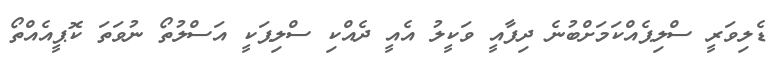
ޑެލިވަރީ ސްލިޕެއްކަމަށްބުނެ ދިފާއީ ވަކީލު އެއީ ދެއްކި ސްލިޕަކީ އަސްލުތޯ ނުވަތަ ކޮޕީއެއްތޯ